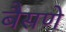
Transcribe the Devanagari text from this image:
बैसणे